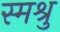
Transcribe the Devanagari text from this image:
स्मश्रु